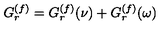
G _ { r } \sp { ( f ) } = G _ { r } \sp { ( f ) } ( \nu ) + G _ { r } \sp { ( f ) } ( \omega )